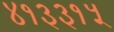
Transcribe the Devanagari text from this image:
४१३३१५